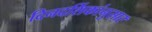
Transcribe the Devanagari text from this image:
दिनदर्शिकांनुसार